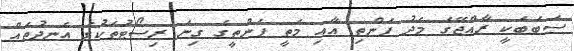
ސަބަބަކީ ރާއްޖޭގެ މެދު ފަންތި އާއި މަތީ ފަންތީގެ ގިނަ ރިސޯޓުތަކުގެ އެނދުތައް